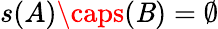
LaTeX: s(A)\caps(\mathit{B})=\emptyset